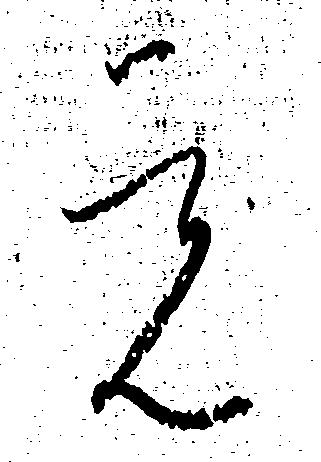
覚